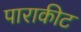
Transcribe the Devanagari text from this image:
पाराकीट